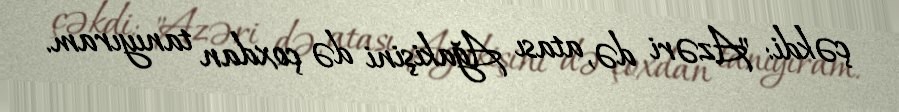
çəkdi: "Azəri də, atası Ağakişini də çoxdan tanıyıram.